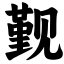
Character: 觐